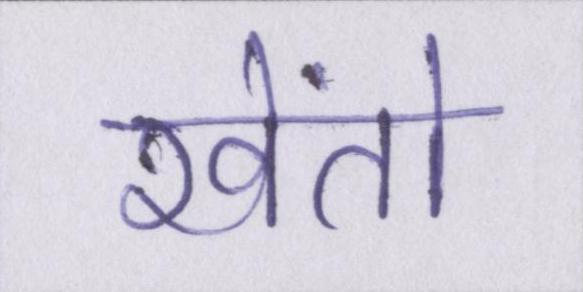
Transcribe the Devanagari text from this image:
खेंतो